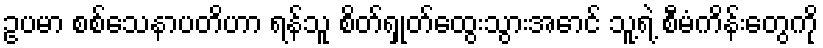
ဥပမာ စစ်သေနာပတိဟာ ရန်သူ စိတ်ရှုတ်ထွေးသွားအောင် သူ့ရဲ့ စီမံကိန်းတွေကို